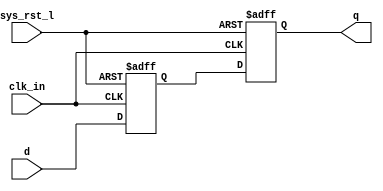



//
// SYNC.v
//
// Jeung Joon Lee
// www.cmosexod.com
// 8/02/01
//
// This is a double-rank synchronizer
//

module sync (
             clk_in,
             sys_rst_l,
             d,
             q
             );

input  clk_in;
input  sys_rst_l;
input  d;
output q;

reg  pipe1, pipe2;

always @(posedge clk_in or negedge sys_rst_l)
  if (~sys_rst_l) begin
     pipe1 <= 0;
     pipe2 <= 0;
  end else begin
     pipe1 <= d;
     pipe2 <= pipe1;
  end

assign q = pipe2;

endmodule